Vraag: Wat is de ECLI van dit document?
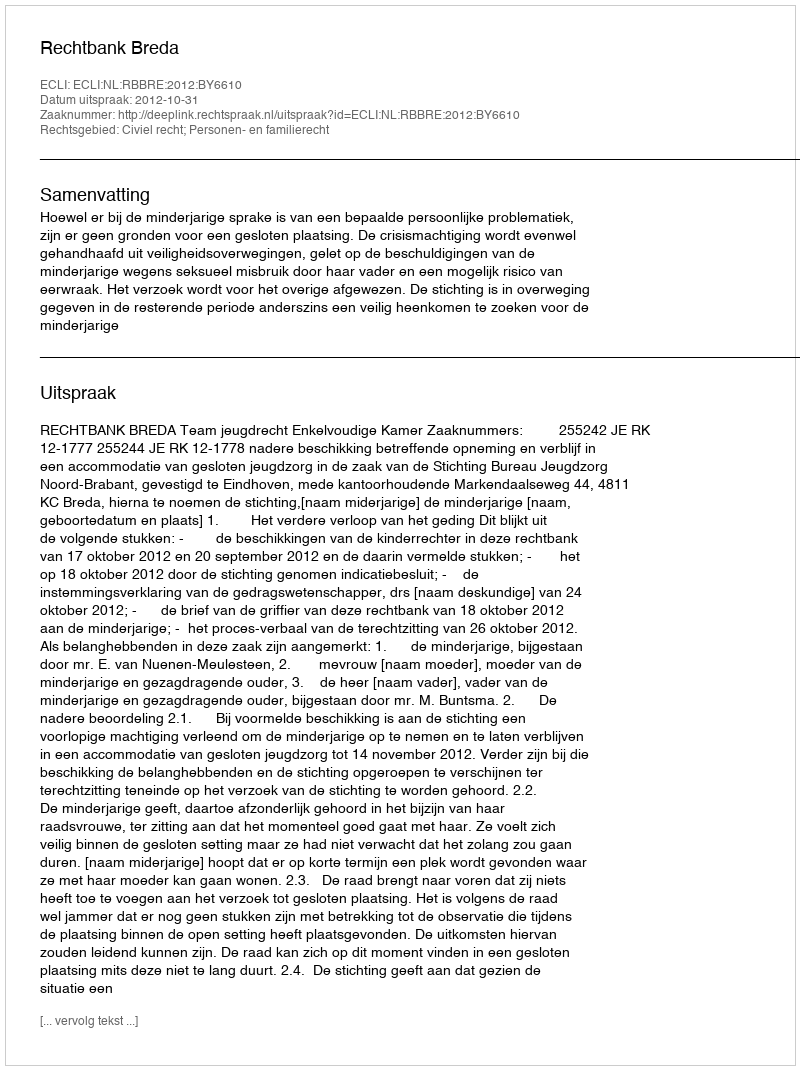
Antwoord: ECLI:NL:RBBRE:2012:BY6610